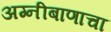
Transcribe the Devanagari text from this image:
अग्नीबाणाचा